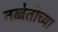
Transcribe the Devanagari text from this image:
तब्बेतीच्या